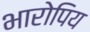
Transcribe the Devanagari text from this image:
भारोपिय